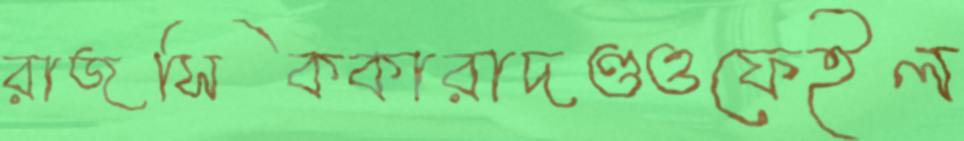
রাজসিককারাদণ্ডওফেইল